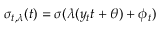
\sigma _ { t , \lambda } ( t ) = \sigma ( \lambda ( y _ { t } t + \theta ) + \phi _ { t } )